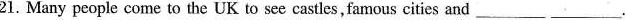
21.Many people come to the UK to see castlesfamous cities and______ ______